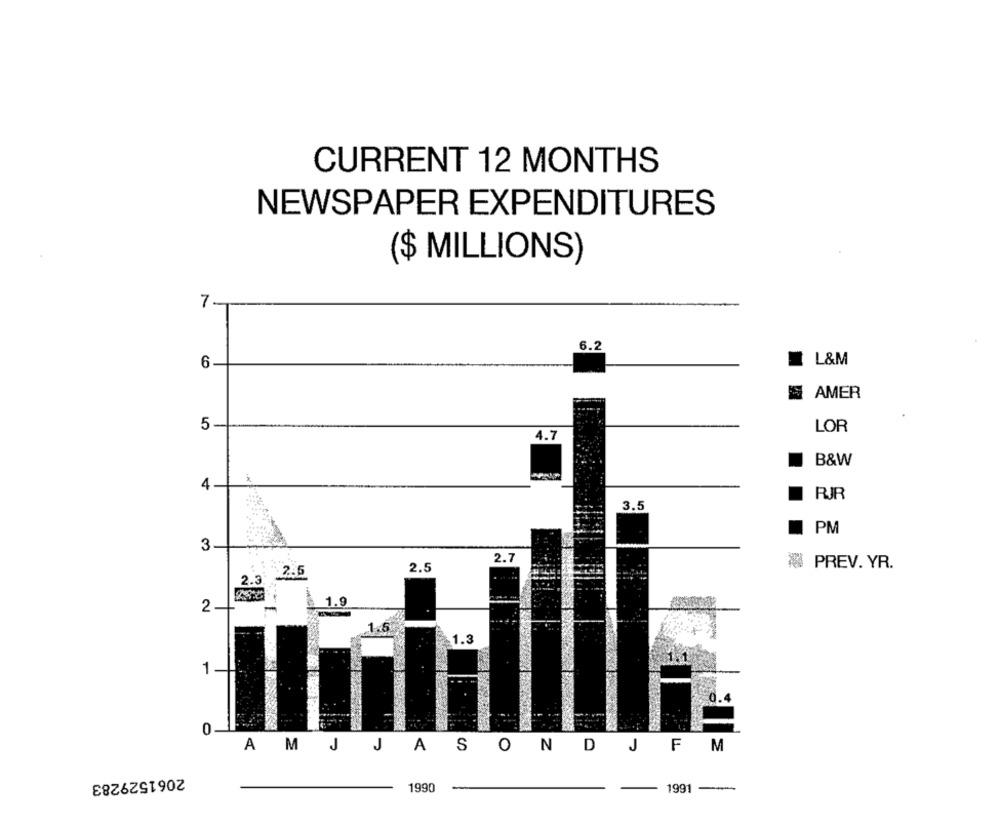
CURRENT 12 MONTHS
NEWSPAPER EXPENDITURES
($ MILLIONS)
7
6.2
6
L&M
AMER
5
LOR
4.7
B&W
4
RJR
3.5
PM
3
2.7
: 2.5
2.5
₹ PREV. YR.
2.3
1.9
2
1.5
1.3
1
0
AM J JASOND
J
F
M
2061529283
1990
1991
-